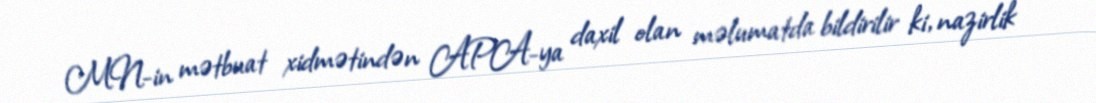
MN-in mətbuat xidmətindən APA-ya daxil olan məlumatda bildirilir ki, nazirlik